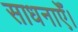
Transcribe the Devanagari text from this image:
साधनाएँ।